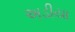
અડીયા